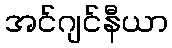
အင်ဂျင်နီယာ